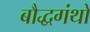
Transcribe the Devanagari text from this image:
बौद्धगंथों